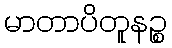
မာတာပိတူနဉ္စ